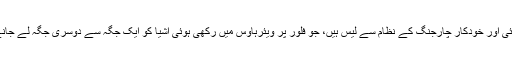
یہ روبوٹس وائی فائی اور خودکار چارجنگ کے نظام سے لیس ہیں، جو فلور پر ویئرہاؤس میں رکھی ہوئی اشیا کو ایک جگہ سے دوسری جگہ لے جانے کے ذمہ دارہیں۔